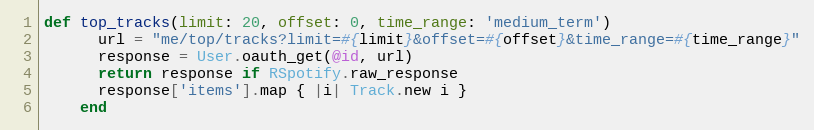
Language: Ruby
def top_tracks(limit: 20, offset: 0, time_range: 'medium_term')
      url = "me/top/tracks?limit=#{limit}&offset=#{offset}&time_range=#{time_range}"
      response = User.oauth_get(@id, url)
      return response if RSpotify.raw_response
      response['items'].map { |i| Track.new i }
    end